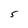
Character: 5